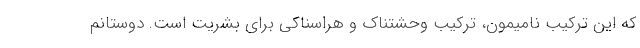
که این ترکیب نامیمون، ترکیب وحشتناک و هراسناکی برای بشریت است. دوستانم